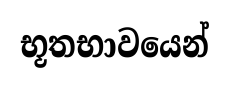
භූතභාවයෙන්